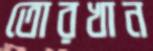
তোরখান